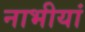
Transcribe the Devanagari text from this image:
नाभीयां